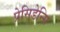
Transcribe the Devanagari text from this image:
प्रेसिडेन्सि